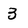
Character: 3